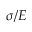
\sigma / E